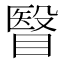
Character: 瞖